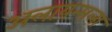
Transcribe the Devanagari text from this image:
अलायन्सला